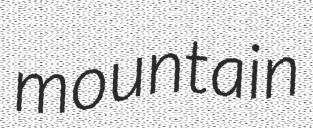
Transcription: mountain